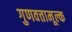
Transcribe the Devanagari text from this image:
गुणवत्तामूल्क